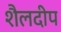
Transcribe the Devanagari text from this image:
शैलदीप